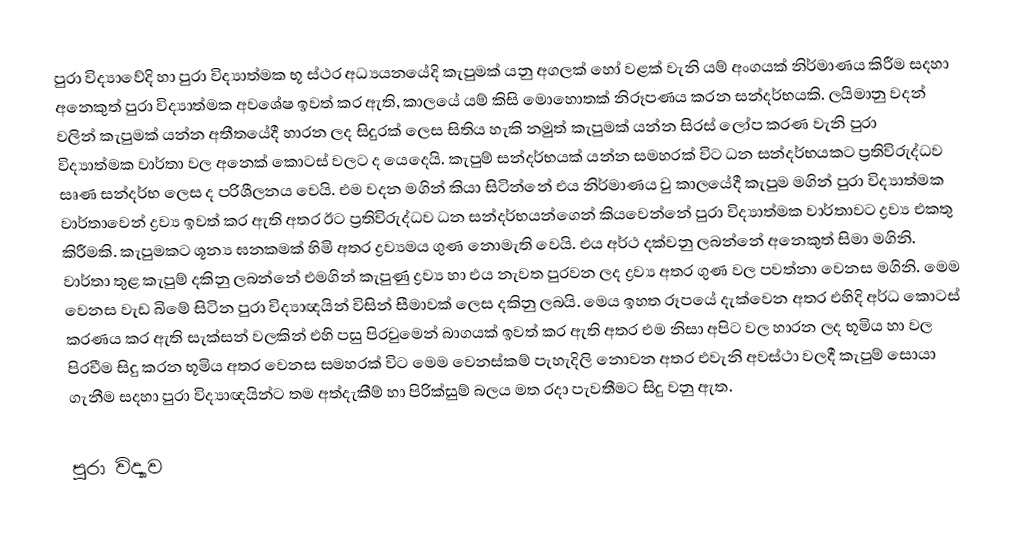
පුරා විද්‍යාවේදි හා පුරා විද්‍යාත්මක භූ ස්ථර අධ්‍යයනයේදි කැපුමක් යනු අගලක් හෝ වළක් වැනි යම් අංගයක් නිර්මාණය කිරීම සදහා අනෙකුත් පුරා විද්‍යාත්මක අවශේෂ ඉවත් කර ඇති, කාලයේ යම් කිසි මොහොතක් නිරූපණය කරන සන්දර්භයකි. ලයිමානු වදන් වලින් කැපුමක් යන්න අතීතයේදී හාරන ලද සිදුරක් ලෙස සිතිය හැකි නමුත් කැපුමක් යන්න සිරස් ලෝප කරණ වැනි පුරා විද්‍යාත්මක වාර්තා වල අනෙක් කොටස් වලට ද යෙදෙයි. කැපුම් සන්දර්භයක් යන්න සමහරක් විට ධන සන්දර්භයකට ප්‍රතිවිරුද්ධව සෘණ සන්දර්භ ලෙස ද පරිශීලනය වෙයි. එම වදන මගින් කියා සිටින්නේ එය නිර්මාණය වු කාලයේදී කැපුම මගින් පුරා විද්‍යාත්මක වාර්තාවෙන් ද්‍රව්‍ය ඉවත් කර ඇති අතර ඊට ප්‍රතිවිරුද්ධව ධන සන්දර්භයන්ගෙන් කියවෙන්නේ පුරා විද්‍යාත්මක වාර්තාවට ද්‍රව්‍ය එකතු කිරීමකි. කැපුමකට ශූන්‍ය ඝනකමක් හිමි අතර ද්‍රව්‍යමය ගුණ නොමැති වෙයි. එය අර්ථ දක්වනු ලබන්නේ අනෙකුත් සිමා මගිනි. වාර්තා තුළ කැපුම් දකිනු ලබන්නේ එමගින් කැපුණු ද්‍රව්‍ය හා එය නැවත පුරවන ලද ද්‍රව්‍ය අතර ගුණ වල පවත්නා වෙනස මගිනි. මෙම වෙනස වැඩ බිමේ සිටින පුරා විද්‍යාඥයින් විසින් සීමාවක් ලෙස දකිනු ලබයි. මෙය ඉහත රූපයේ දැක්වෙන අතර එහිදි අර්ධ කොටස් කරණය කර ඇති සැක්සන් වලකින් එහි පසු පිරවුමෙන් බාගයක් ඉවත් කර ඇති අතර එම නිසා අපිට වල හාරන ලද භූමිය හා වල පිරවීම සිදු කරන භූමිය අතර වෙනස සමහරක් විට මෙම වෙනස්කම් පැහැදිලි නොවන අතර එවැනි අවස්ථා වලදී කැපුම් සොයා ගැනීම සදහා පුරා විද්‍යාඥයින්ට තම අත්දැකීම් හා පිරික්සුම් බලය මත රදා පැවතීමට සිදු වනු ඇත.

පුරා විද්‍යාව